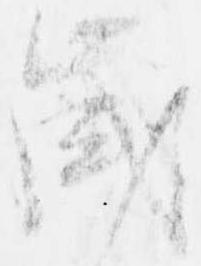
歳